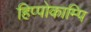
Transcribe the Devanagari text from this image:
हिप्पोकाम्पि